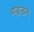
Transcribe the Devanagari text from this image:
मङळम